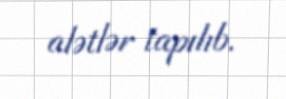
alətlər tapılıb.